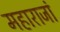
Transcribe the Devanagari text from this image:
महाराजां